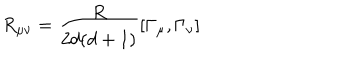
LaTeX: R _ { \mu \nu } = \frac { R } { 2 d ( d + 1 ) } [ \Gamma _ { \mu } , \Gamma _ { \nu } ]